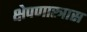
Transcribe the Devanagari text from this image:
क्षेपणास्त्रास